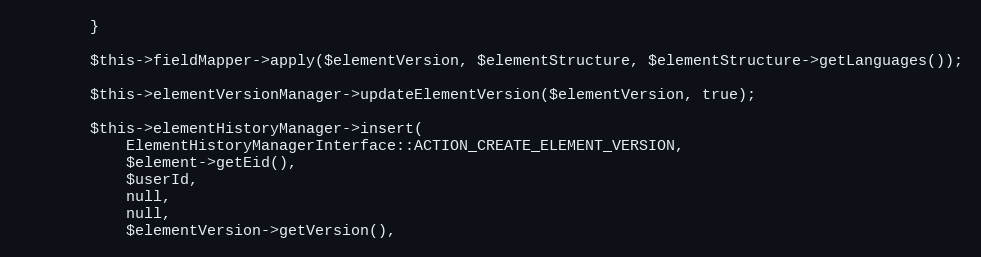
Language: PHP
        }

        $this->fieldMapper->apply($elementVersion, $elementStructure, $elementStructure->getLanguages());

        $this->elementVersionManager->updateElementVersion($elementVersion, true);

        $this->elementHistoryManager->insert(
            ElementHistoryManagerInterface::ACTION_CREATE_ELEMENT_VERSION,
            $element->getEid(),
            $userId,
            null,
            null,
            $elementVersion->getVersion(),